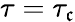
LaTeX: \tau=\tau_{\mathfrak{c}}